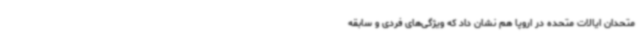
متحدان ایالات متحده در اروپا هم نشان داد که ویژگی‌های فردی و سابقه